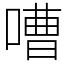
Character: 嘈